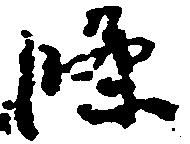
条